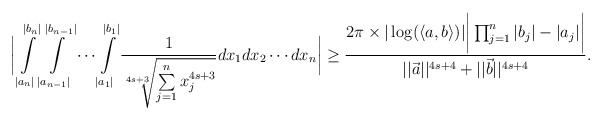
\begin{align*}\bigg|\int \limits_{|a_n|}^{|b_n|} \int \limits_{|a_{n-1}|}^{|b_{n-1}|}\cdots \int \limits_{|a_1|}^{|b_1|}\frac{1}{\sqrt[4s+3]{\sum \limits_{j=1}^{n}x^{4s+3}_j}}dx_1dx_2\cdots dx_n\bigg| \geq \frac{2\pi \times |\log (\langle a,b \rangle)|\bigg|\prod_{j=1}^{n}|b_j|-|a_j|\bigg|}{||\vec{a}||^{4s+4}+||\vec{b}||^{4s+4}}.\end{align*}